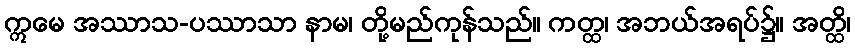
ဣမေ အဿာသ-ပဿာသာ နာမ၊ တို့မည်ကုန်သည်။ ကတ္ထ၊ အဘယ်အရပ်၌။ အတ္ထိ၊